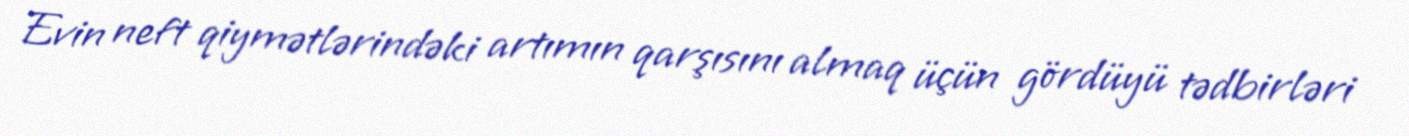
Evin neft qiymətlərindəki artımın qarşısını almaq üçün gördüyü tədbirləri